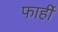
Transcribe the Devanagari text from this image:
फार्ही